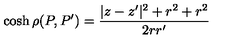
\cosh \rho ( P , P ^ { \prime } ) = \frac { | z - z ^ { \prime } | ^ { 2 } + r ^ { 2 } + r ^ { 2 } } { 2 r r ^ { \prime } }